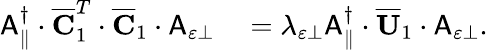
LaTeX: \begin{array}{rl}{\mathsf{A}_{\parallel}^{\dagger}\cdot\overline{{\mathbf{C}}}_{1}^{T}\cdot\overline{{\mathbf{C}}}_{1}\cdot\mathsf{A}_{\varepsilon\perp}}&{{}=\lambda_{\varepsilon\perp}\mathsf{A}_{\parallel}^{\dagger}\cdot\overline{{\mathbf{U}}}_{1}\cdot\mathsf{A}_{\varepsilon\perp}.}\end{array}